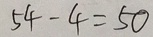
5 4 - 4 = 5 0